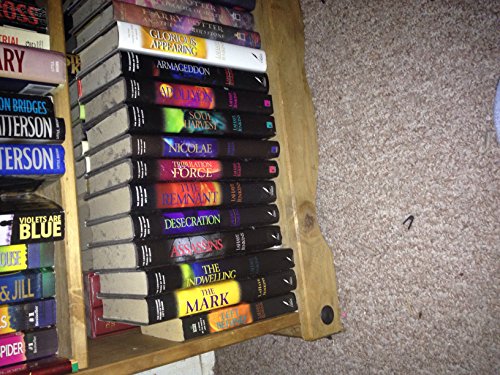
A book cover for Left Behind Complete Set, Series 1-12; Tim LaHaye; Christian Books & Bibles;